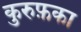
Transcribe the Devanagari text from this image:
कुरुफ़का